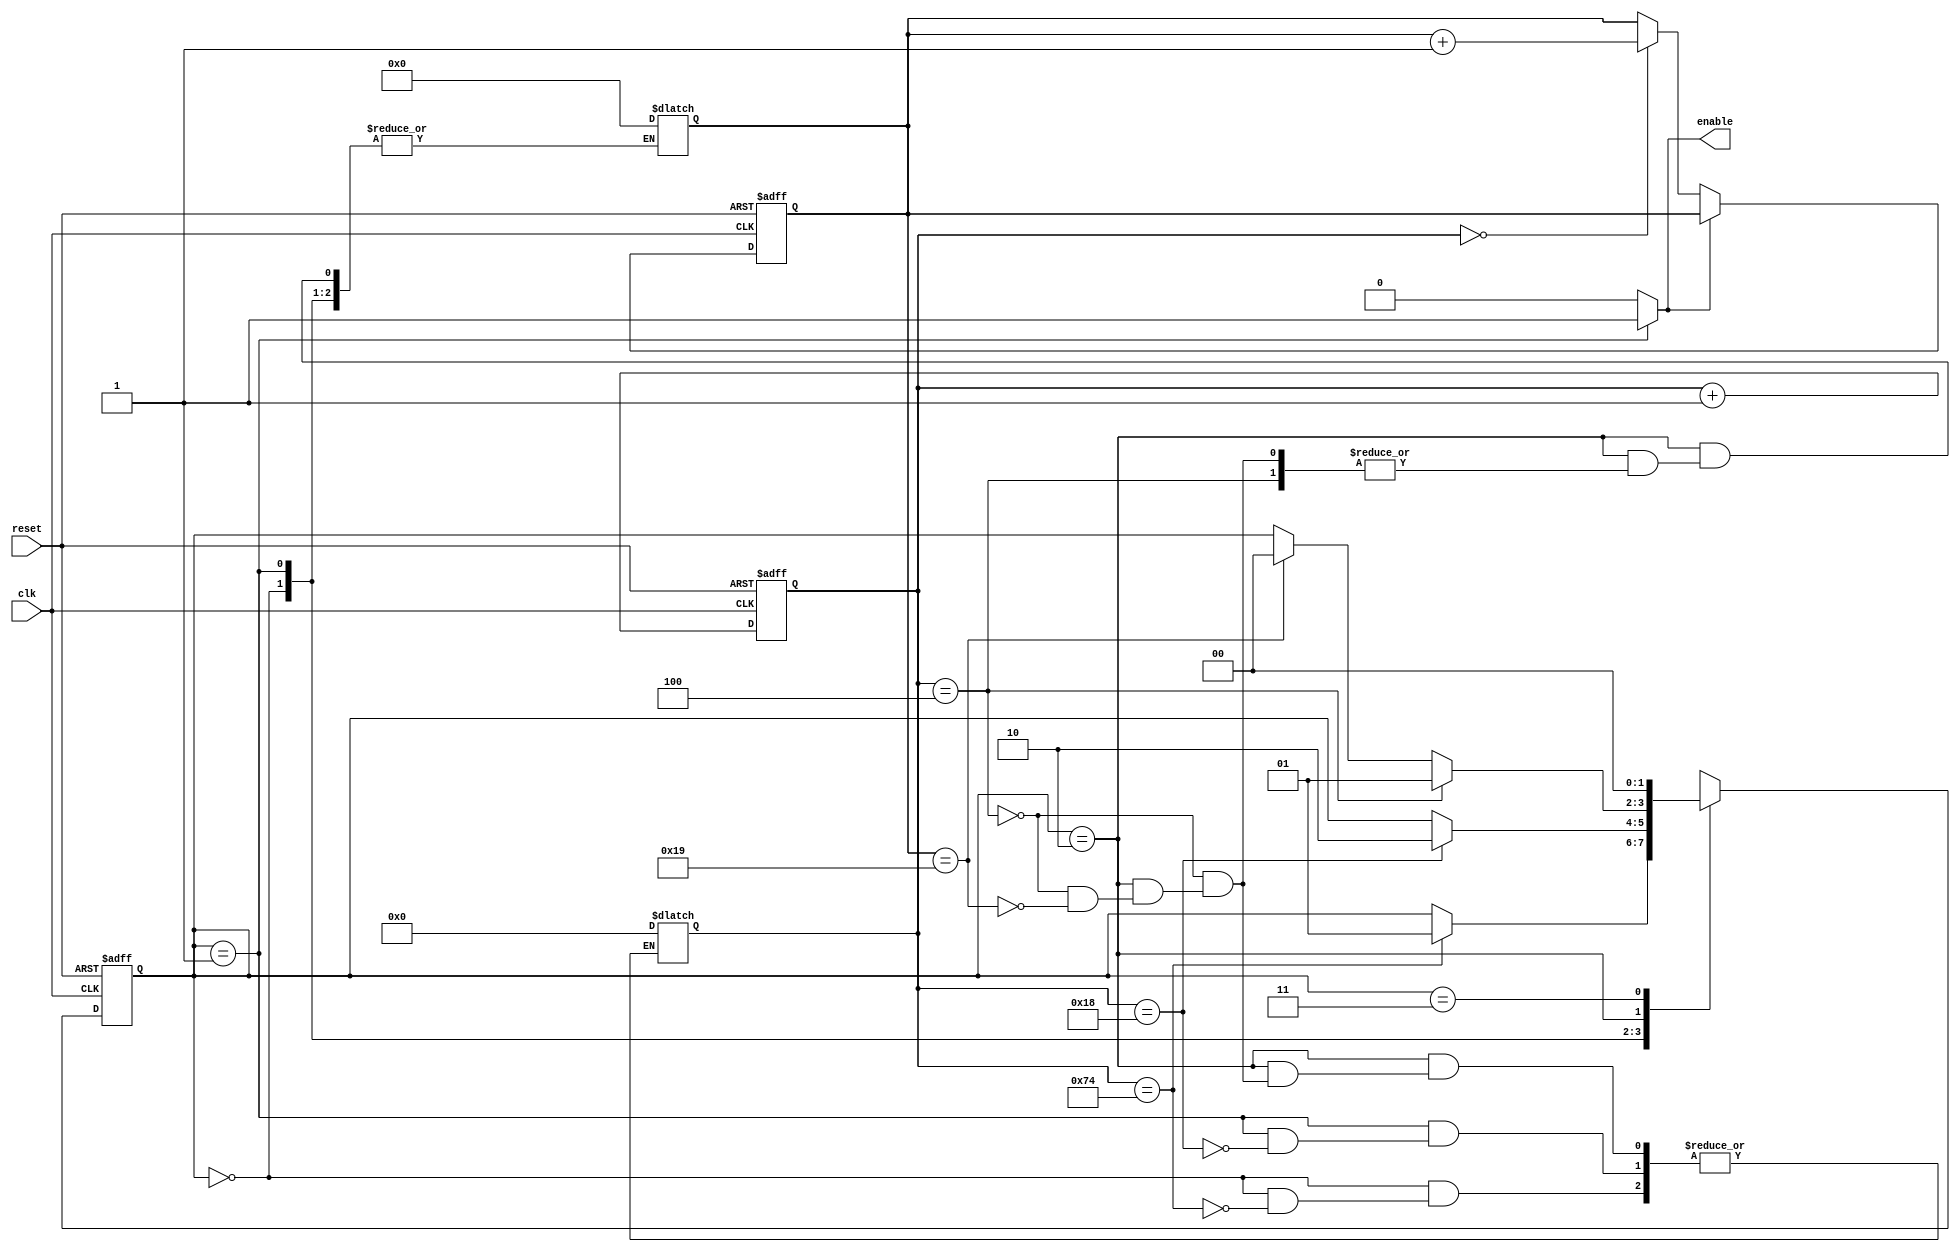
`timescale 1ns / 1ps

/* PREVIOUS APPROACH

module controlpath
#(
    parameter
    KERN_DIM = 3,
    WIDTH = 28,
    
    //state names
    STATE_BW = 2,
    STANDBY = 2'b00,
    UPDATE_W = 2'b01,
    SHIFT_THREE = 2'b10,
    SHIFT_WRITE_W = 2'b11
)
(
    input reset,
    input clk,
    
    output reg three_shift, write_weights
);
    
    //Register reg
    reg[STATE_BW-1:0] state;
    
    //Non-register reg
    reg[STATE_BW-1:0] state_nxt;

    always @(posedge clk or negedge reset) begin
        if(!reset) begin
            state <= 'd0;
        end
        else begin
            state <= state_nxt;
        end
    end


    always @(*) begin
       state_nxt = STANDBY;
       
       //case(state)
       
    end
endmodule*/

/* FIRST APPROACH

module controlpath #(parameter DATA_WIDTH = 16, parameter IMAGE_SIZE = 28, parameter KERNEL_SIZE = 5) (
        input clk,
        input rstn,
        
        output reg enable
    );
	
    reg [4:0] count_conv; //Counter of number of convolutions
    reg [2:0] count_shift_row; //Counter until kernel size when changing row
    
    always@(posedge clk or negedge rstn) begin
        if (~rstn) begin
            count_conv <= 5'd0;
            count_shift_row <= 3'd0;
            enable <= 1'd0;
        end
        else begin
            if (count_conv < (IMAGE_SIZE-KERNEL_SIZE+1)) begin
                enable <= 1'd1;
                count_conv <= count_conv + 1'd1;
                count_shift_row <= 3'd0;
            end
            else begin
               if (count_shift_row == (KERNEL_SIZE-1)) begin
                    count_conv <= 5'd0;
                    count_shift_row <= 3'd0;
					enable <= 1'd1;
               end
               else begin
                    enable <= 1'd0;
                    count_shift_row <= count_shift_row + 1'd1;
                    count_conv <= count_conv;
                end
            end
        end
    end

endmodule
*/

//FSM APPROACH

module controlpath #(parameter DATA_WIDTH = 16, parameter IMAGE_SIZE = 28, parameter KERNEL_SIZE = 5) (
        input wire clk,
        input wire reset,
        
        output reg enable
    );
    
	reg [6:0] counter;
	reg [4:0] counter_rows;
	
	localparam STATE_Initial = 2'd0,
		   STATE_1 = 2'd1,
		   STATE_2 = 2'd2,
		   STATE_3_PlaceHolder = 2'd3;

	reg[1:0] CurrentState;
	reg[1:0] NextState;
	
	
	always@( * ) begin
		enable = 1'd0;
		case(CurrentState)
			STATE_1: begin 
				enable = 1'd1;
			end
			//STATE_3: begin
				//enable = 1'bz; //ONLY FOR TESTING
			//end
		endcase
	end

	//ALTERNATIVE APPROACH FOR WIRE AND UNIDIMENSIONAL VARIABLE
	//assign enable = (CurrentState == STATE_1);


    	always@(posedge clk or posedge reset) begin
        	if (reset) begin
			CurrentState <= STATE_Initial;
			counter <= 7'd0;
			counter_rows <= 5'd0;
		end
        	else begin
			CurrentState <= NextState;
			counter <= counter + 1'd1;
			if (enable == 1'd0) begin
				if (counter == 1'd0) counter_rows <= counter_rows + 1'd1;
			end
		end                
   	end
	
	
	always@( * ) begin
		NextState = CurrentState;
		case(CurrentState)
			STATE_Initial: begin
				if (counter == ((KERNEL_SIZE**2+(KERNEL_SIZE-1)*(IMAGE_SIZE-KERNEL_SIZE))-1)) begin 
					NextState = STATE_1;
					counter = 7'd0;
				end
			end
			STATE_1: begin
				if (counter == (IMAGE_SIZE-KERNEL_SIZE+1)) begin 
					NextState = STATE_2;
					counter = 7'd0;
				end
			end
			STATE_2: begin
				if (counter == (KERNEL_SIZE-1)) begin 
					NextState = STATE_1;
					counter = 7'd0;
				end
				else if (counter_rows == ((IMAGE_SIZE-KERNEL_SIZE+1)+1)) begin 
					NextState = STATE_Initial;
					counter_rows = 7'd0;
					counter = 7'd0;
				end
			end
			STATE_3_PlaceHolder: begin
				NextState = STATE_Initial;
				counter_rows = 7'd0;
				counter = 7'd0;
			end
		endcase
	end

endmodule